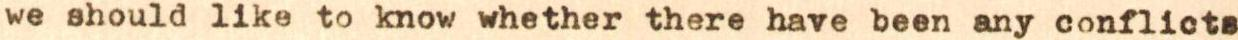
we should like to know whether there have been any conflicts